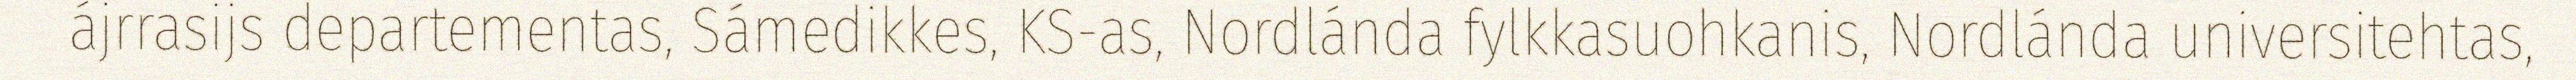
ájrrasijs departementas, Sámedikkes, KS-as, Nordlánda fylkkasuohkanis, Nordlánda universitehtas,